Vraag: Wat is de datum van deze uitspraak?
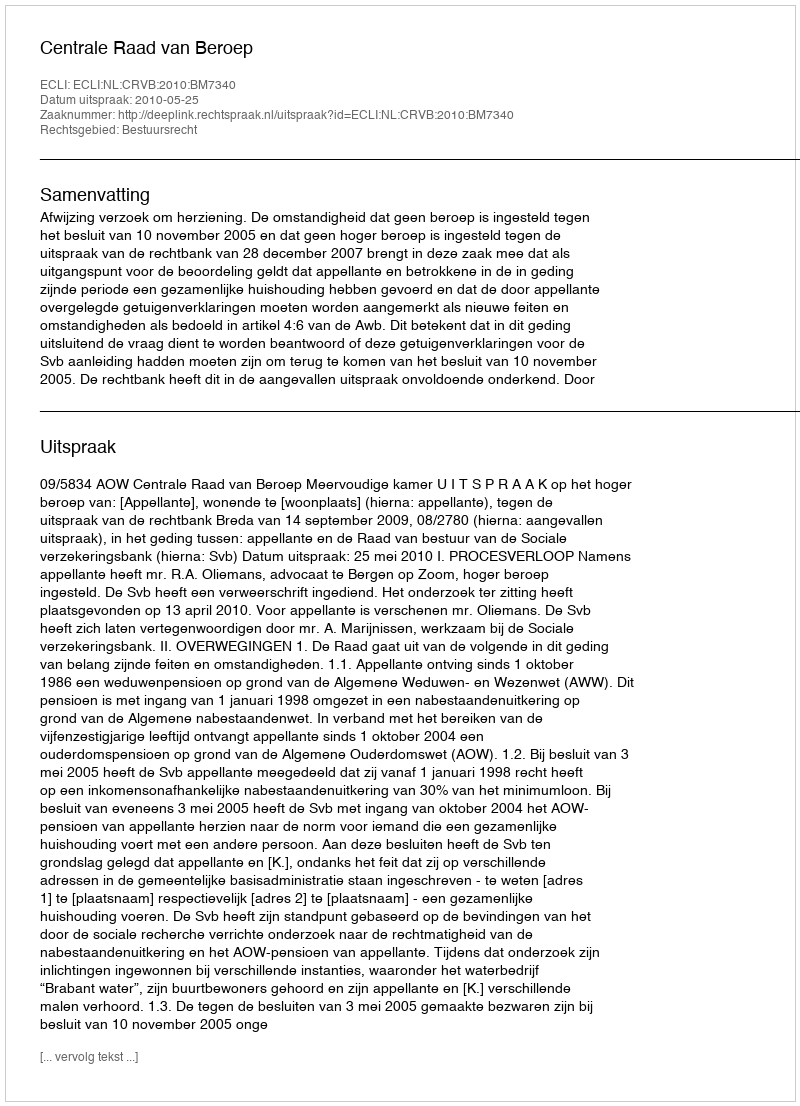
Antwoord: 2010-05-25